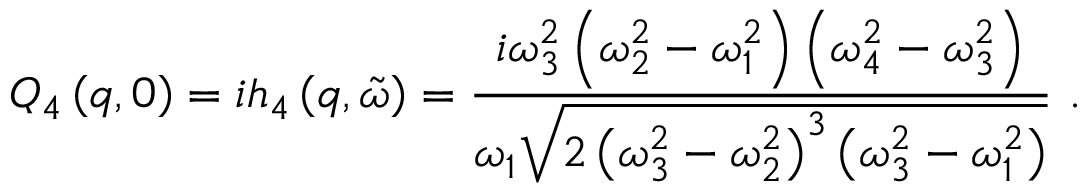
Q _ { 4 } \left( q , 0 \right) = i h _ { 4 } \left( q , \tilde { \omega } \right) = \frac { i \omega _ { 3 } ^ { 2 } \left( \omega _ { 2 } ^ { 2 } - \omega _ { 1 } ^ { 2 } \right) \left( \omega _ { 4 } ^ { 2 } - \omega _ { 3 } ^ { 2 } \right) } { \omega _ { 1 } \sqrt { 2 \left( \omega _ { 3 } ^ { 2 } - \omega _ { 2 } ^ { 2 } \right) ^ { 3 } \left( \omega _ { 3 } ^ { 2 } - \omega _ { 1 } ^ { 2 } \right) } } \ .